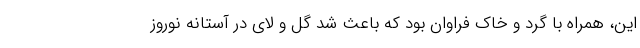
این، همراه با گرد و خاک فراوان بود که باعث شد گل و لای در آستانه نوروز